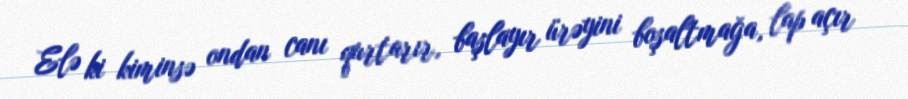
Elə ki kiminsə ondan canı qurtarır, başlayır ürəyini boşaltmağa, lap açır